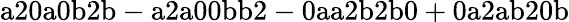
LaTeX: \mathrm{a20a0b2b-a2a00bb2-0aa2b2b0+0a2ab20b}